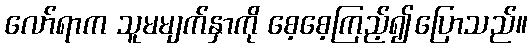
လော်ရာက သူမမျက်နှာကို စေ့စေ့ကြည့်၍ပြောသည်။